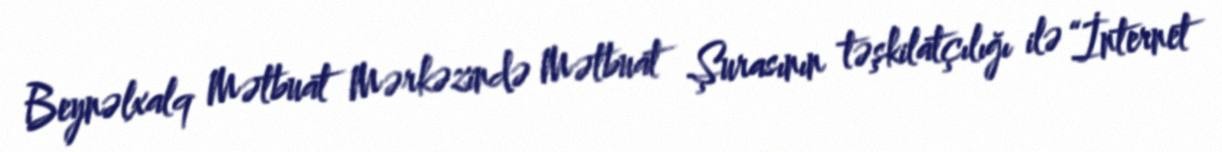
Beynəlxalq Mətbuat Mərkəzində Mətbuat Şurasının təşkilatçılığı ilə “İnternet